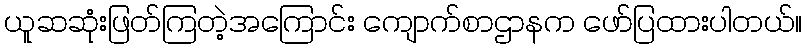
ယူဆဆုံးဖြတ်ကြတဲ့အကြောင်း ကျောက်စာဌာနက ဖော်ပြထားပါတယ်။